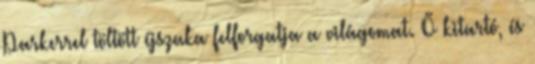
Parkerrel töltött éjszaka felforgatja a világomat. Ő kitartó, és